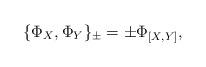
LaTeX: \begin{align*} \{ \Phi _X , \Phi _Y \}_\pm = \pm \Phi _{ [X, Y] } , \end{align*}